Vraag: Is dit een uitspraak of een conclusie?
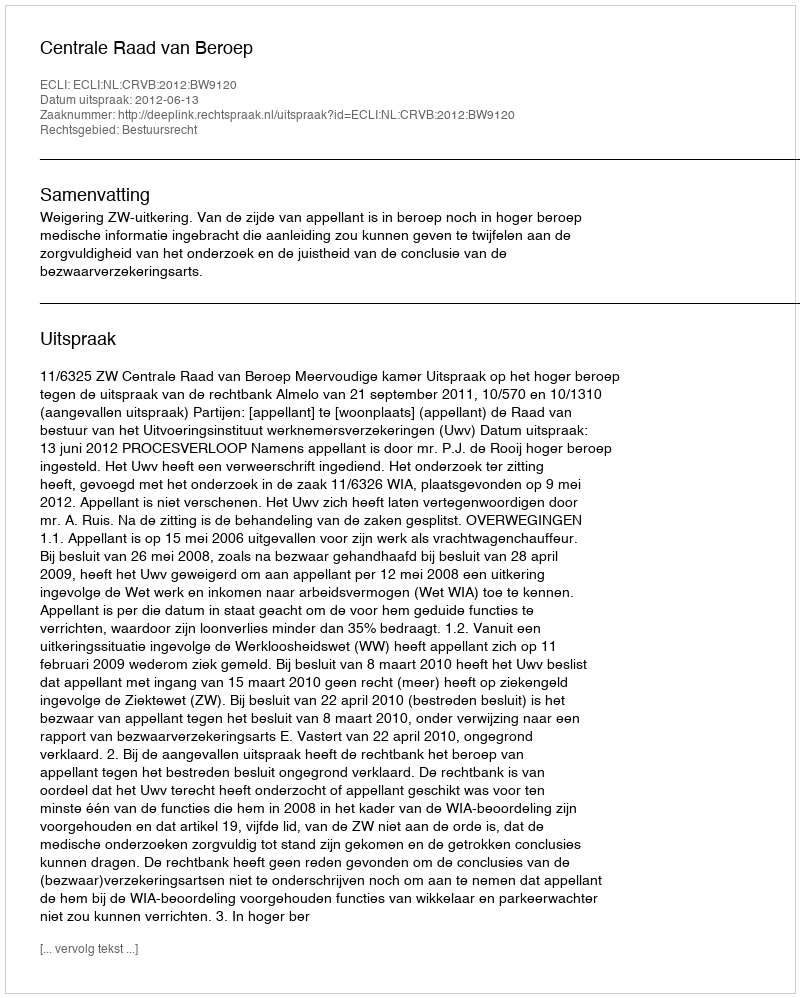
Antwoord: Uitspraak